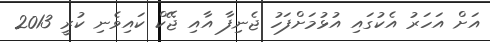
އަށް އަހަރު އެކުގައި އުޅުމަށްފަހު ޖެނިފާ އާއި ޖޭކް ކައިވެނި ކުރީ 2013